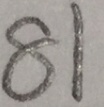
8 1